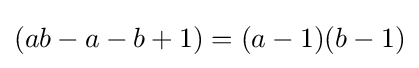
(ab-a-b+1)=(a-1)(b-1)